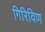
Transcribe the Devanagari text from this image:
गिरिविण